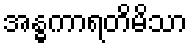
အန္ဓကာရတိမိသာ